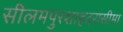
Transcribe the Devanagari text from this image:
सीलमपुरशाहदरासीमा